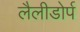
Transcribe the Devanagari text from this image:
लैलीडोर्प